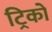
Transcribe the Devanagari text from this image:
ट्रिकों